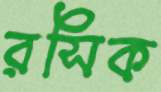
রসিক